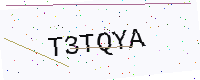
Text: T3TQYA